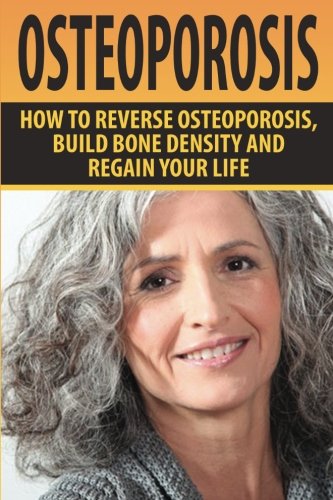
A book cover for Osteoporosis: How To Reverse Osteoporosis, Build Bone Density And Regain Your Life; Alicia Taylor; Health, Fitness & Dieting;